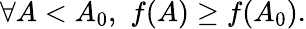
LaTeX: \forall A<A_{0},\, \, f(A)\geq f(A_{0}).